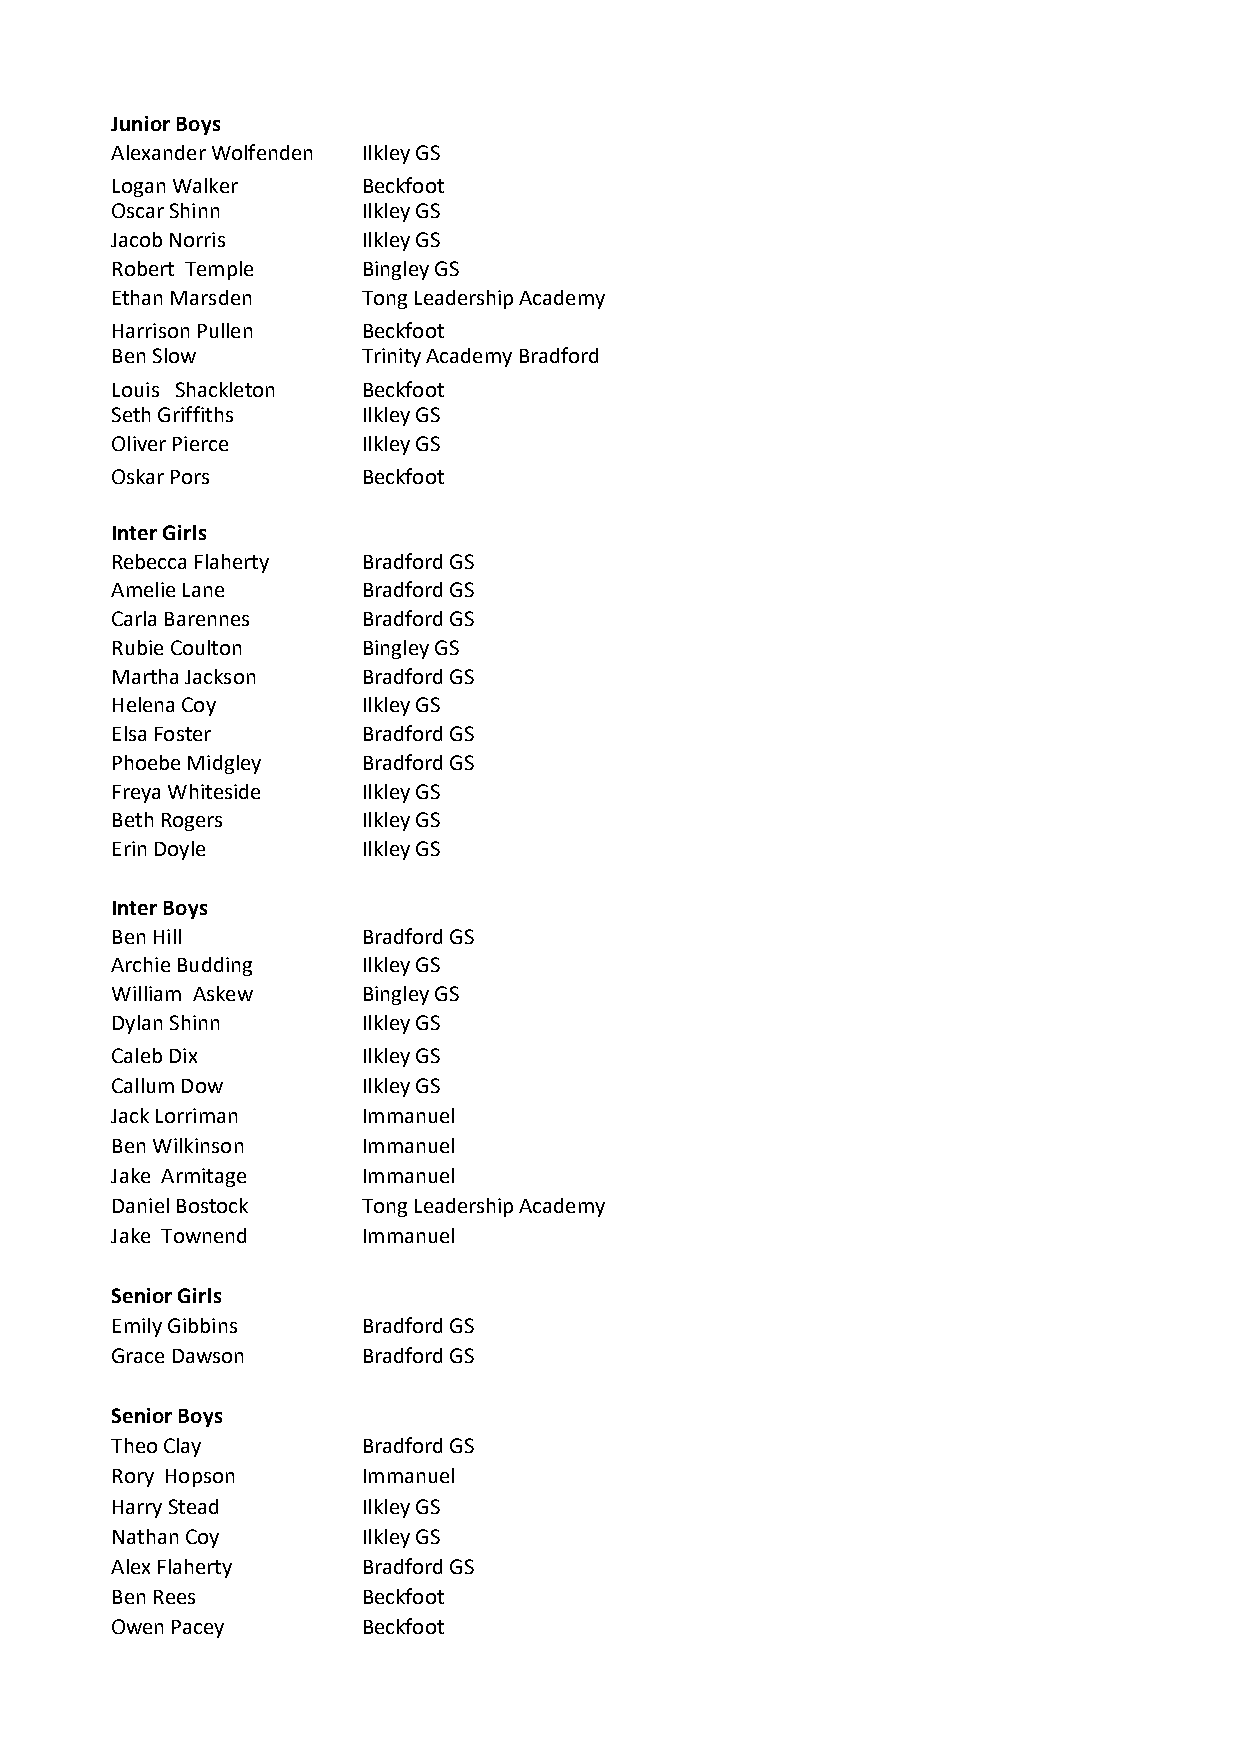
Junior Boys
 Alexander Wolfenden Ilkley GS
 Logan Walker     Beckfoot
 Oscar Shinn      Ilkley GS
 Jacob Norris     Ilkley GS
 Robert Temple    Bingley GS
 Ethan Marsden    Tong Leadership Academy
 Harrison Pullen  Beckfoot
 Ben Slow         Trinity Academy Bradford
 Louis Shackleton Beckfoot
 Seth Griffiths   Ilkley GS
 Oliver Pierce    Ilkley GS
 Oskar Pors       Beckfoot
 Inter Girls
 Rebecca Flaherty Bradford GS
 Amelie Lane      Bradford GS
 Carla Barennes   Bradford GS
 Rubie Coulton    Bingley GS
 Martha Jackson   Bradford GS
 Helena Coy       Ilkley GS
 Elsa Foster      Bradford GS
 Phoebe Midgley   Bradford GS
 Freya Whiteside  Ilkley GS
 Beth Rogers      Ilkley GS
 Erin Doyle       Ilkley GS
 Inter Boys
 Ben Hill         Bradford GS
 Archie Budding   Ilkley GS
 William Askew    Bingley GS
 Dylan Shinn      Ilkley GS
 Caleb Dix        Ilkley GS
 Callum Dow       Ilkley GS
 Jack Lorriman    Immanuel
 Ben Wilkinson    Immanuel
 Jake Armitage    Immanuel
 Daniel Bostock   Tong Leadership Academy
 Jake Townend     Immanuel
 Senior Girls
 Emily Gibbins    Bradford GS
 Grace Dawson     Bradford GS
 Senior Boys
 Theo Clay        Bradford GS
 Rory Hopson      Immanuel
 Harry Stead      Ilkley GS
 Nathan Coy       Ilkley GS
 Alex Flaherty    Bradford GS
 Ben Rees         Beckfoot
 Owen Pacey       Beckfoot